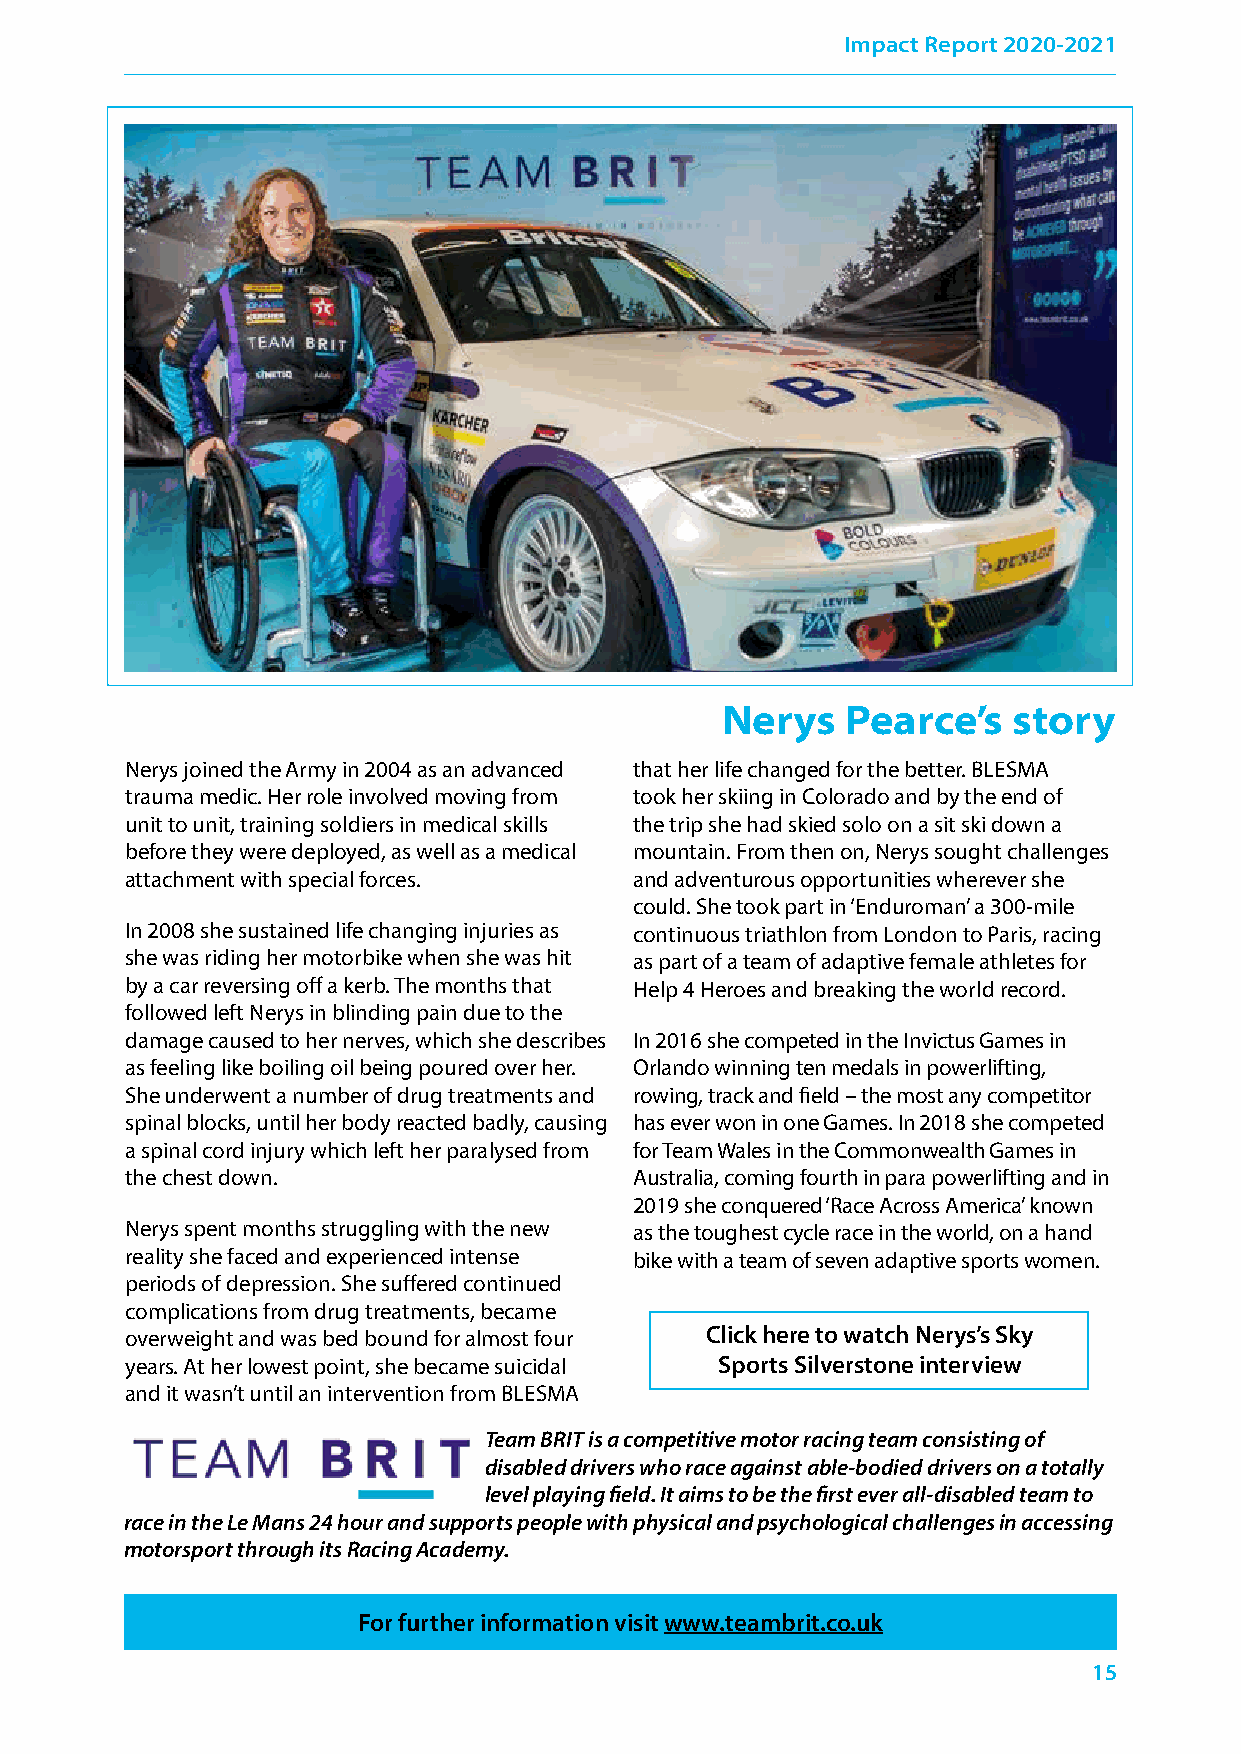
Impact Report 2020-2021
 Nerys   Pearce’s   story
 Nerys joined the Army in 2004 as an advanced that her life changed for the better. BLESMA
 trauma medic. Her role involved moving from took her skiing in Colorado and by the end of
 unit to unit, training soldiers in medical skills the trip she had skied solo on a sit ski down a
 before they were deployed, as well as a medical mountain. From then on, Nerys sought challenges
 attachment with special forces.   and adventurous opportunities wherever she
 could. She took part in ‘Enduroman’ a 300-mile
 In 2008 she sustained life changing injuries as continuous triathlon from London to Paris, racing
 she was riding her motorbike when she was hit as part of a team of adaptive female athletes for
 by a car reversing off a kerb. The months that Help 4 Heroes and breaking the world record.
 followed left Nerys in blinding pain due to the
 damage caused to her nerves, which she describes In 2016 she competed in the Invictus Games in
 as feeling like boiling oil being poured over her. Orlando winning ten medals in powerlifting,
 She underwent a number of drug treatments and rowing, track and field – the most any competitor
 spinal blocks, until her body reacted badly, causing has ever won in one Games. In 2018 she competed
 a spinal cord injury which left her paralysed from for Team Wales in the Commonwealth Games in
 the chest down.                   Australia, coming fourth in para powerlifting and in
 2019 she conquered ‘Race Across America’ known
 Nerys spent months struggling with the new as the toughest cycle race in the world, on a hand
 reality she faced and experienced intense bike with a team of seven adaptive sports women.
 periods of depression. She suffered continued
 complications from drug treatments, became
 overweight and was bed bound for almost four Click here to watch Nerys’s Sky
 years. At her lowest point, she became suicidal Sports Silverstone interview
 and it wasn’t until an intervention from BLESMA
 Team BRIT is a competitive motor racing team consisting of
 disabled drivers who race against able-bodied drivers on a totally
 level playing field. It aims to be the first ever all-disabled team to
 race in the Le Mans 24 hour and supports people with physical and psychological challenges in accessing
 motorsport through its Racing Academy.
 For further information visit www.teambrit.co.uk
 15